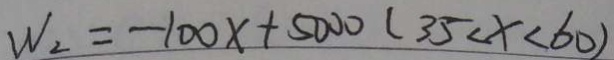
W _ { 2 } = - 1 0 0 x + 5 0 0 0 ( 3 5 < x < 6 0 )